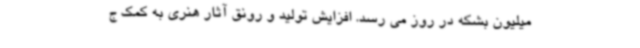
میلیون بشکه در روز می رسد. افزایش تولید و رونق آثار هنری به کمک ج